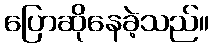
ပြောဆိုနေခဲ့သည်။